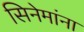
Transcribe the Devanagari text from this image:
सिनेमांना